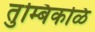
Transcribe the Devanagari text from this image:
तुम्बिकळि